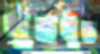
খুঁতখুঁত